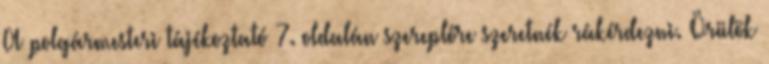
A polgármesteri tájékoztató 7. oldalán szereplőre szeretnék rákérdezni. Örülök